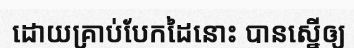
ដោយគ្រាប់បែកដៃនោះ បានស្នើឲ្យ